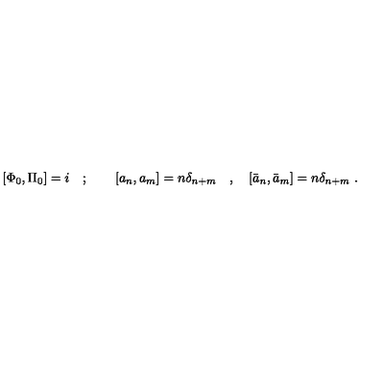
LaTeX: [ \Phi _ { 0 } , \Pi _ { 0 } ] = i \quad ; \qquad [ a _ { n } , a _ { m } ] = n \delta _ { n + m } \quad , \quad [ \bar { a } _ { n } , \bar { a } _ { m } ] = n \delta _ { n + m } \ .